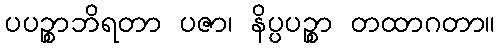
ပပဉ္စာဘိရတာ ပဇာ၊ နိပ္ပပဉ္စာ တထာဂတာ။